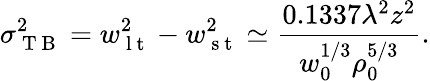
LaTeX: \sigma_{\mathrm{~T~B~}}^{2}=w_{\mathrm{~l~t~}}^{2}-w_{\mathrm{~s~t~}}^{2}\simeq\frac{0.1337\lambda^{2}z^{2}}{w_{0}^{1/3}\rho_{0}^{5/3}}.